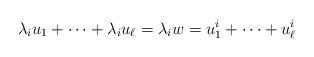
LaTeX: \begin{align*} \lambda_i u_1 + \dots + \lambda_i u_{\ell} = \lambda_i w = u_1^i + \dots + u_{\ell}^i\end{align*}